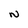
Character: N